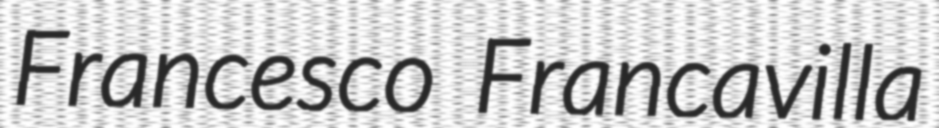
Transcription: Francesco Francavilla